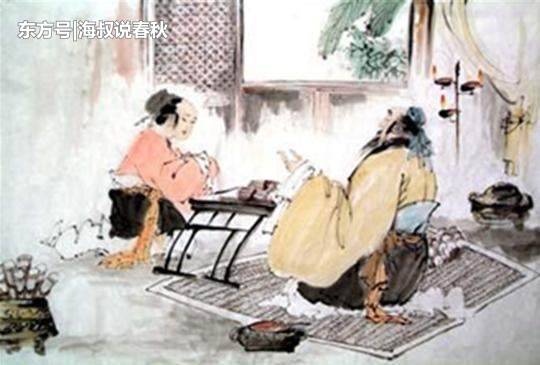
贵名不可以比周争也，不可以夸诞有也，不可以埶重胁也